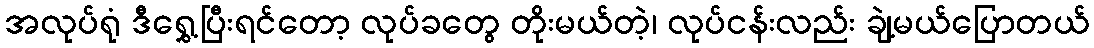
အလုပ်ရုံ ဒီရွှေ့ပြီးရင်တော့ လုပ်ခတွေ တိုးမယ်တဲ့၊ လုပ်ငန်းလည်း ချဲ့မယ်ပြောတယ်